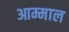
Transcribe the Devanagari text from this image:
आम्माल